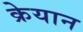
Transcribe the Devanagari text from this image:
क्रेयान